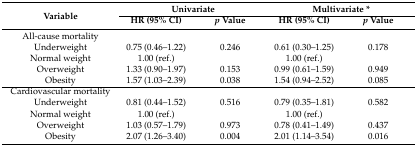
<table><thead><tr><td rowspan="2"><b>Variable</b></td><td colspan="2"><b>Univariate</b></td><td colspan="2"><b>Multivariate *</b></td></tr><tr><td><b>HR (95% CI)</b></td><td><b><i>p</i> Value</b></td><td><b>HR (95% CI)</b></td><td><b><i>p</i> Value</b></td></tr></thead><tbody><tr><td>All-cause mortality</td><td></td><td></td><td></td><td></td></tr><tr><td>Underweight</td><td>0.75 (0.46–1.22)</td><td>0.246</td><td>0.61 (0.30–1.25)</td><td>0.178</td></tr><tr><td>Normal weight</td><td>1.00 (ref.)</td><td></td><td>1.00 (ref.)</td><td></td></tr><tr><td>Overweight</td><td>1.33 (0.90–1.97)</td><td>0.153</td><td>0.99 (0.61–1.59)</td><td>0.949</td></tr><tr><td>Obesity</td><td>1.57 (1.03–2.39)</td><td>0.038</td><td>1.54 (0.94–2.52)</td><td>0.085</td></tr><tr><td>Cardiovascular mortality</td><td></td><td></td><td></td><td></td></tr><tr><td>Underweight</td><td>0.81 (0.44–1.52)</td><td>0.516</td><td>0.79 (0.35–1.81)</td><td>0.582</td></tr><tr><td>Normal weight</td><td>1.00 (ref.)</td><td></td><td>1.00 (ref.)</td><td></td></tr><tr><td>Overweight</td><td>1.03 (0.57–1.79)</td><td>0.973</td><td>0.78 (0.41–1.49)</td><td>0.437</td></tr><tr><td>Obesity</td><td>2.07 (1.26–3.40)</td><td>0.004</td><td>2.01 (1.14–3.54)</td><td>0.016</td></tr></tbody></table>